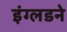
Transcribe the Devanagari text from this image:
इंग्लडने